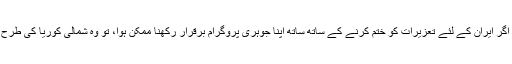
اخبار کہتا ہے کہ اگر ایران کے لئے تعزیرات کو ختم کرنے کے ساتھ ساتھ اپنا جوہری پروگرام برقرار رکھنا ممکن ہوا، تو وہ شمالی کوریا کی طرح یقناً ایسا کرے گا۔